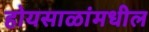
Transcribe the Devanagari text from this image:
होयसाळांमधील